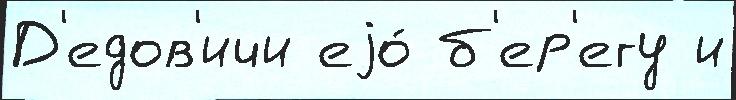
Д'едов'ичи еjо́ б'ер'егу и